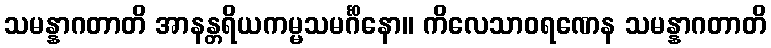
သမန္နာဂတာတိ အာနန္တရိယကမ္မသမင်္ဂိနော။ ကိလေသာဝရဏေန သမန္နာဂတာတိ